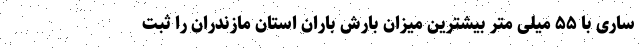
ساری با ۵۵ میلی متر بیشترین میزان بارش باران استان مازندران را ثبت